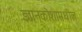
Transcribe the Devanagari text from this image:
ज्ञानकोशामधील